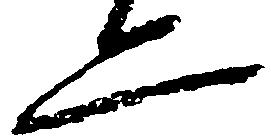
二